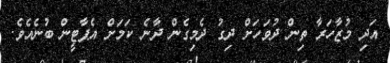
އަދި މުޒާހަރާ ތިން ދުވަހަށް ދިގު ދެމިގެން ދާނެ ކަމަށް އެޕާޓީން ބުނެއެވެ.